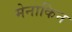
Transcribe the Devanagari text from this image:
मेनाकिन